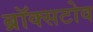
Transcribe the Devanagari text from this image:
ब्रॉक्सटोव